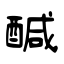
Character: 醎